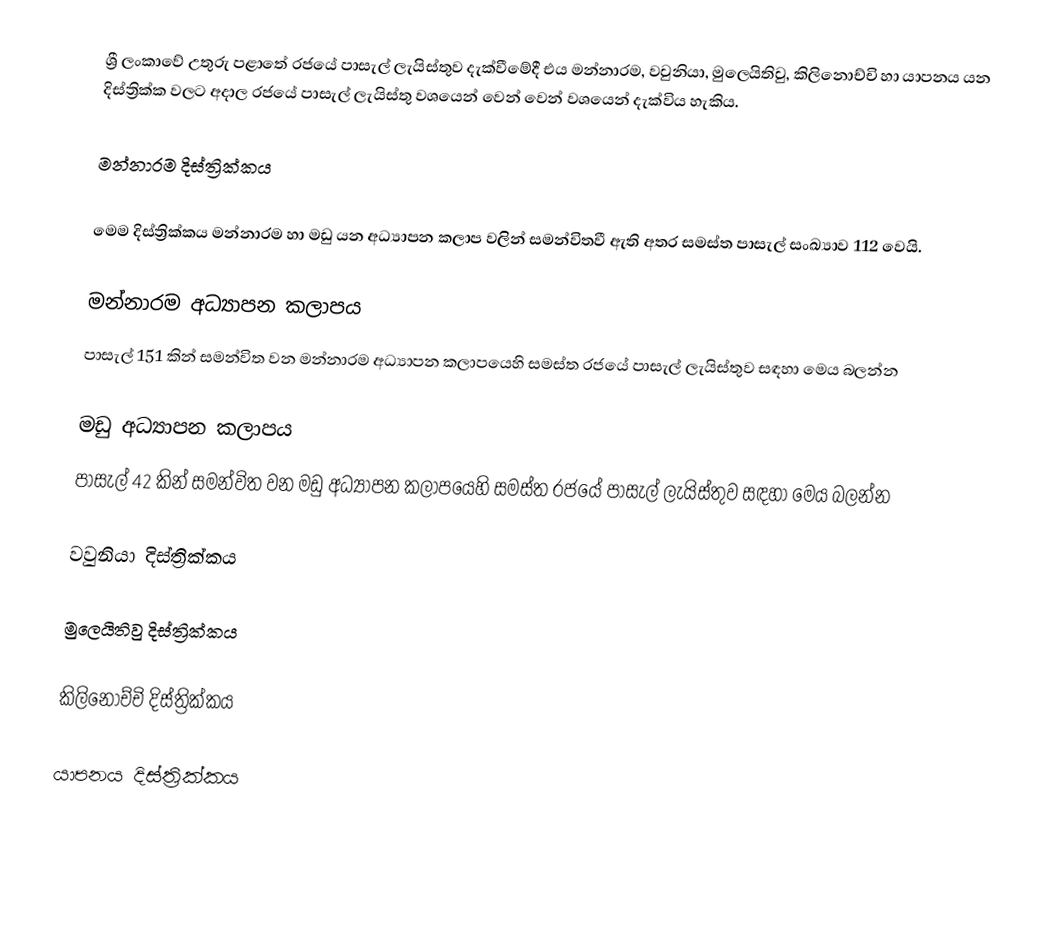
ශ්‍රී ලංකාවේ උතුරු පළාතේ රජයේ පාසැල් ලැයිස්තුව දැක්වීමේදී එය   මන්නාරම,  වවුනියා,   මුලෙයිතිවු,   කිලිනොච්චි හා  යාපනය  යන දිස්ත්‍රික්ක වලට අදාල රජයේ පාසැල් ලැයිස්තු වශයෙන් වෙන් වෙන් වශයෙන් දැක්විය හැකිය.

මන්නාරම දිස්ත්‍රික්කය

මෙම දිස්ත්‍රික්කය මන්නාරම හා මඩු යන අධ්‍යාපන කලාප වලින් සමන්විතවී ඇති අතර සමස්ත පාසැල් සංඛ්‍යාව 112 වෙයි.

මන්නාරම අධ්‍යාපන කලාපය
පාසැල් 151 කින් සමන්විත වන මන්නාරම අධ්‍යාපන කලාපයෙහි සමස්ත රජයේ පාසැල් ලැයිස්තුව සඳහා මෙය බලන්න

මඩු අධ්‍යාපන කලාපය
පාසැල් 42 කින් සමන්විත වන මඩු අධ්‍යාපන කලාපයෙහි සමස්ත රජයේ පාසැල් ලැයිස්තුව සඳහා මෙය බලන්න

වවුනියා දිස්ත්‍රික්කය

මුලෙයිතිවු දිස්ත්‍රික්කය

කිලිනොච්චි දිස්ත්‍රික්කය

යාපනය දිස්ත්‍රික්කය